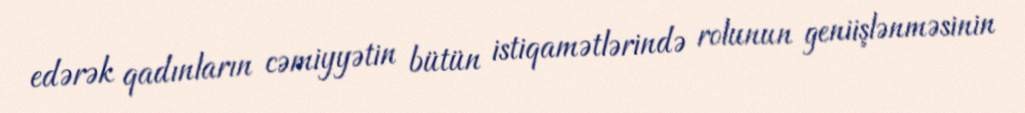
edərək qadınların cəmiyyətin bütün istiqamətlərində rolunun geniişlənməsinin